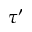
\tau ^ { \prime }